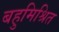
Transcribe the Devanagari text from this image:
बहुमिश्रित